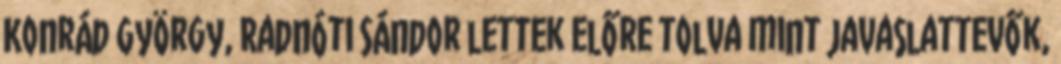
Konrád György, Radnóti Sándor lettek előre tolva mint javaslattevők,